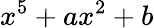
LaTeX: x^{5}+ax^{2}+b